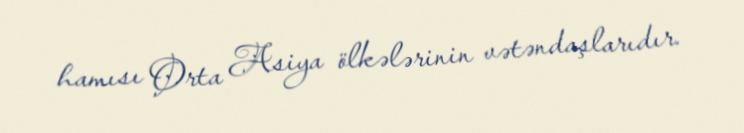
hamısı Orta Asiya ölkələrinin vətəndaşlarıdır.